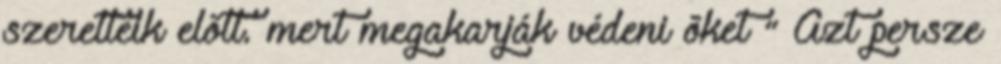
szeretteik elõtt. mert megakarják védeni õket ” Azt persze